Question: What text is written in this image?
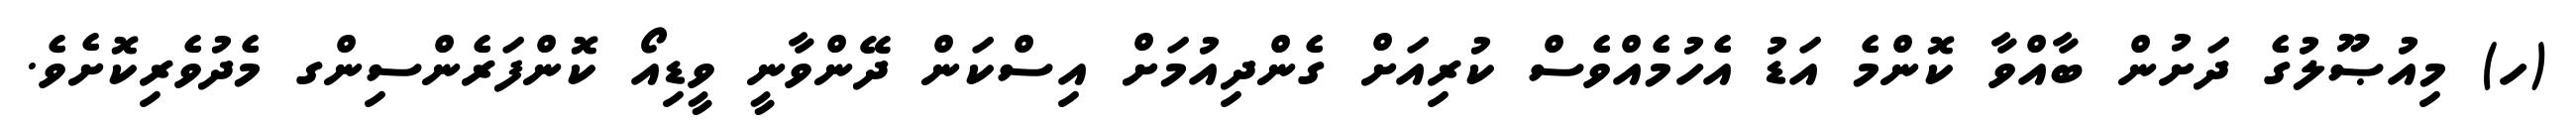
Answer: (ހ) މިއުޞޫލުގެ ދަށުން ބާއްވާ ކޮންމެ އަޑު އެހުމެއްވެސް ކުރިއަށް ގެންދިއުމަށް އިސްކަން ދޭންވާނީ ވީޑިއޯ ކޮންފަރެންސިންގ މެދުވެރިކޮށެވެ.